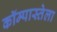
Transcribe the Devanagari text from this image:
कॉम्पास्तेला